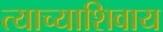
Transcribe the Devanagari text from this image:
त्याच्याशिवाय